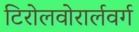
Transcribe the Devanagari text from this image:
टिरोलवोरार्लवर्ग